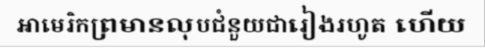
អាមេរិកព្រមានលុបជំនួយជារៀងរហូត ហើយ